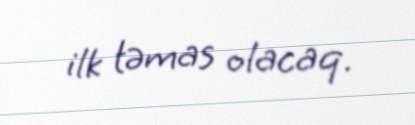
ilk təmas olacaq.